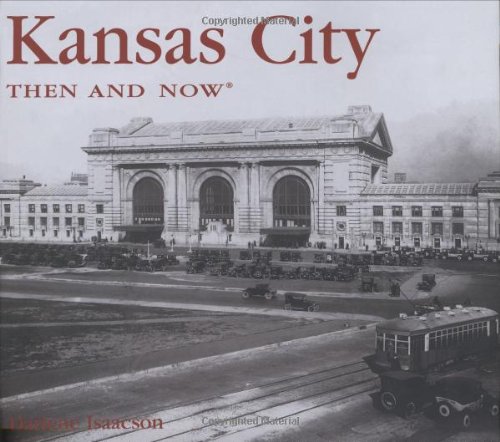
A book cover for Kansas City Then and Now (Then & Now Thunder Bay); Darlene Isaacson; Travel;